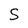
Character: S